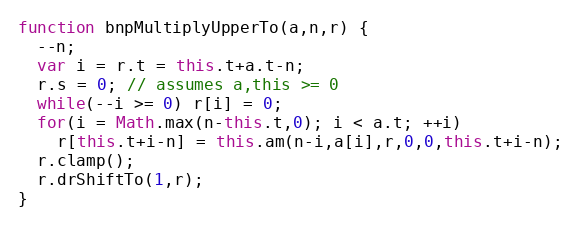
Language: JavaScript
function bnpMultiplyUpperTo(a,n,r) {
  --n;
  var i = r.t = this.t+a.t-n;
  r.s = 0; // assumes a,this >= 0
  while(--i >= 0) r[i] = 0;
  for(i = Math.max(n-this.t,0); i < a.t; ++i)
    r[this.t+i-n] = this.am(n-i,a[i],r,0,0,this.t+i-n);
  r.clamp();
  r.drShiftTo(1,r);
}